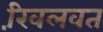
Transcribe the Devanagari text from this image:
खि़लवत